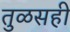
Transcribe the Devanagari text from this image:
तुळसही